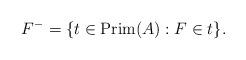
LaTeX: \begin{align*}F^- = \{t \in \mathrm{Prim}(A) : F \in t\}.\end{align*}